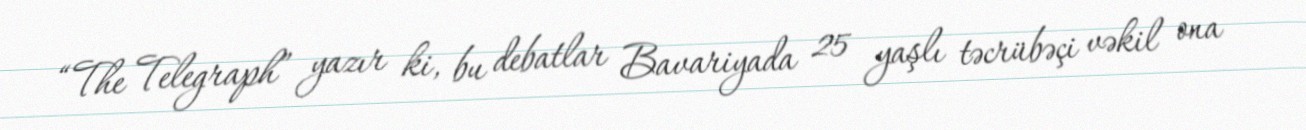
“The Telegraph” yazır ki, bu debatlar Bavariyada 25 yaşlı təcrübəçi vəkil ona